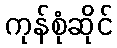
ကုန်စုံဆိုင်